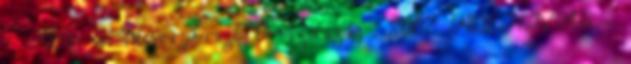
- Altáj & Novoszibirszk Oroszország , 2007 FELHÍVÁS -